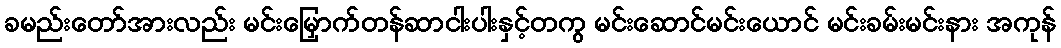
ခမည်းတော်အားလည်း မင်းမြှောက်တန်ဆာငါးပါးနှင့်တကွ မင်းဆောင်မင်းယောင် မင်းခမ်းမင်းနား အကုန်